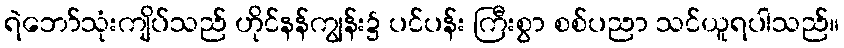
ရဲဘော်သုံးကျိပ်သည် ဟိုင်နန်ကျွန်း၌ ပင်ပန်း ကြီးစွာ စစ်ပညာ သင်ယူရပါသည်။